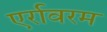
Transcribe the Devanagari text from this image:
एर्रावरम